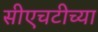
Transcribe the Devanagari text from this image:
सीएचटीच्या